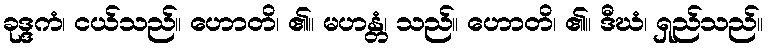
ခုဒ္ဒကံ၊ ငယ်သည်။ ဟောတိ၊ ၏။ မဟန္တံ၊ သည်။ ဟောတိ၊ ၏။ ဒီဃံ၊ ရှည်သည်။